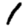
Digit: 1